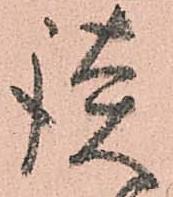
談